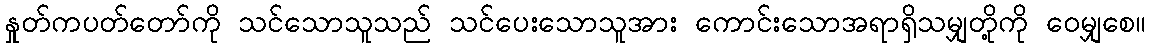
နှုတ်ကပတ်တော်ကို သင်သောသူသည် သင်ပေးသောသူအား ကောင်းသောအရာရှိသမျှတို့ကို ဝေမျှစေ။